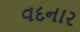
વદનાર